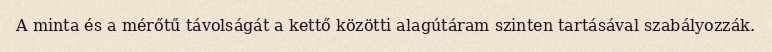
A minta és a mérőtű távolságát a kettő közötti alagútáram szinten tartásával szabályozzák.